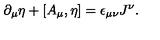
\partial _ { \mu } \eta + [ A _ { \mu } , \eta ] = \epsilon _ { \mu \nu } J ^ { \nu } .